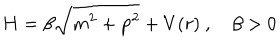
H = \beta \sqrt { m ^ { 2 } + { \bf p } ^ { 2 } } + V ( r ) \ , \quad \beta > 0 \,